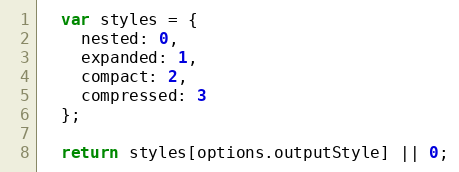
Language: JavaScript
  var styles = {
    nested: 0,
    expanded: 1,
    compact: 2,
    compressed: 3
  };

  return styles[options.outputStyle] || 0;